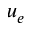
u _ { e }